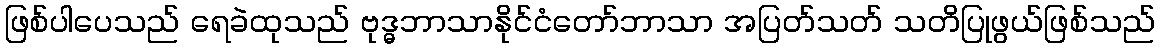
ဖြစ်ပါပေသည် ရေခဲထုသည် ဗုဒ္ဓဘာသာနိုင်ငံတော်ဘာသာ အပြတ်သတ် သတိပြုဖွယ်ဖြစ်သည်